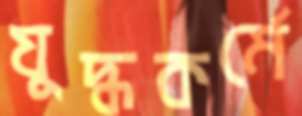
যুদ্ধকর্মে